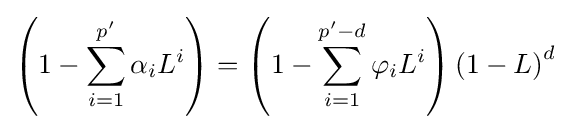
\left(1-\sum _{i=1}^{p'}\alpha _{i}L^{i}\right)=\left(1-\sum _{i=1}^{p'-d}\varphi _{i}L^{i}\right)\left(1-L\right)^{d}